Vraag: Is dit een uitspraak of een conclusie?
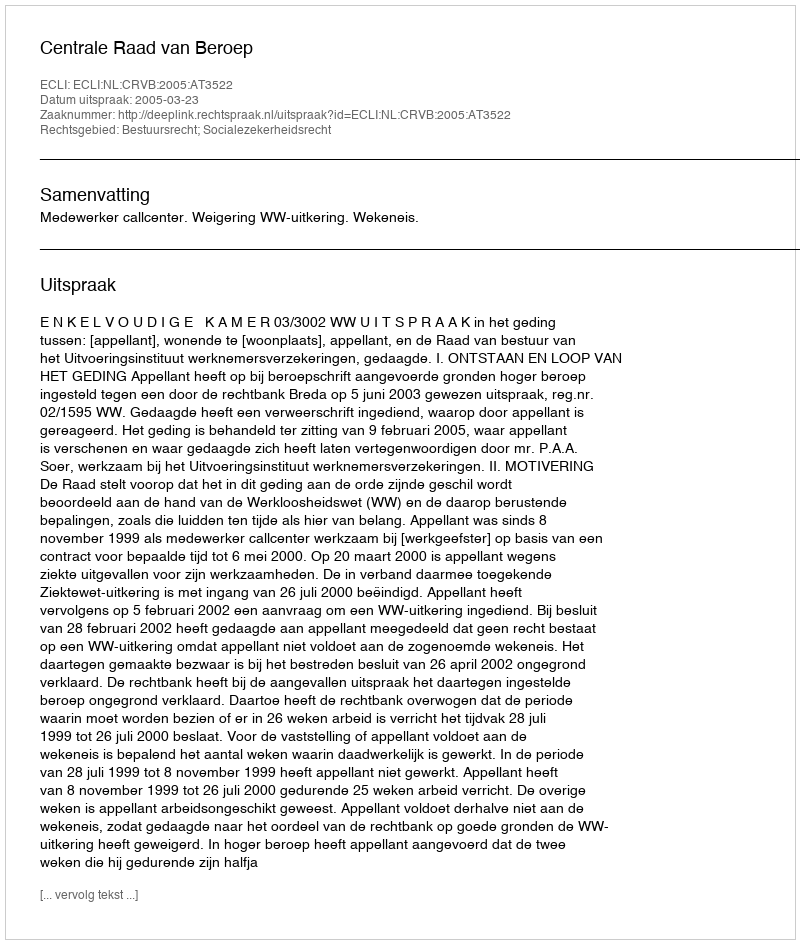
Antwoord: Uitspraak